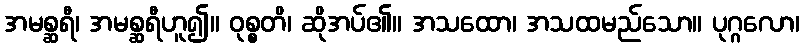
အမစ္ဆရီ၊ အမစ္ဆရီဟူ၍။ ဝုစ္စတိ၊ ဆိုအပ်၏။ အသထော၊ အသထမည်သော။ ပုဂ္ဂလော၊